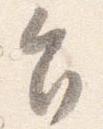
旨